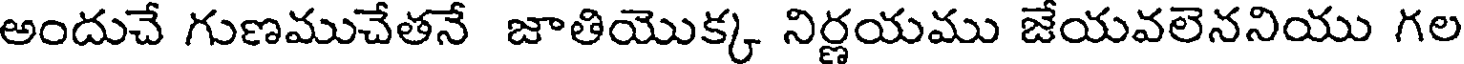
అందుచే గుణముచేతనే జాతియొక్క నిర్ణయము జేయవలెననియు గల